Indian Civil Veterinary Department memoirs
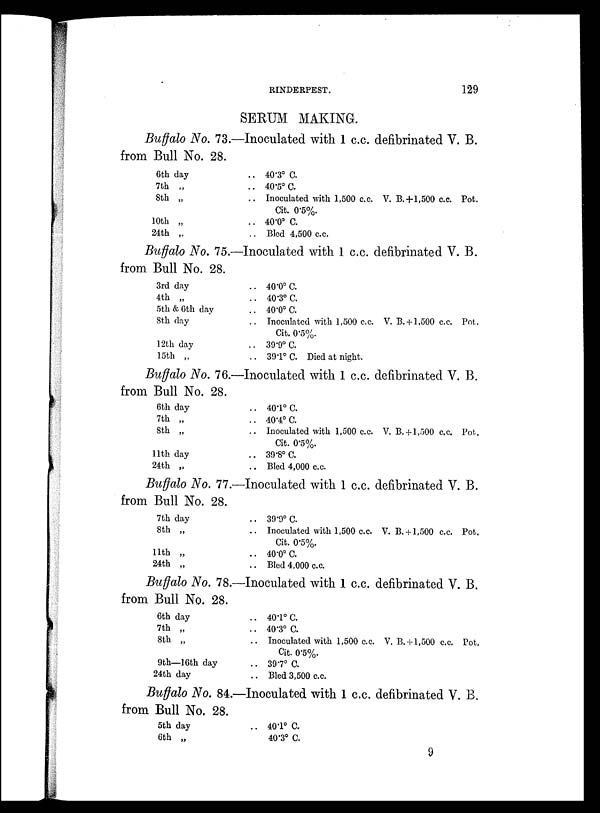
RINDERPEST.
129
SERUM MAKING.
Buffalo No. 73.—Inoculated with 1 c.c. defibrinated V. B.
from Bull No. 28.
6th day
7th „
8th „
10th „
24th „
.. 40.3º C.
.. 40.5º C.
.. Inoculated with 1,500 c.c. V. B.+1,500 c.c. Pot.
Cit. 0.5%.
.. 40.0º C.
.. Bled 4,500 c.c.
Buffalo No. 75.—Inoculated with 1 c.c. defibrinated V. B.
from Bull No. 28.
3rd day
4th „
5th & 6th day
8th day
12th day
15th „
.. 40.0º C.
.. 40.3º C.
.. 40.0º C.
.. Inoculated with 1,500 c.c. V. B. +1,500 c.c. Pot.
Cit. 0.5%.
.. 39.9º C.
.. 39.1º C. Died at night.
Buffalo No. 76.—Inoculated with 1 c.c. defibrinated V. B.
from Bull No. 28.
6th day
7th „
8th „
11th day
24th „
.. 40.1º C.
.. 40.4º C.
.. Inoculated with 1,500 c.c. V. B. +1,500 c.c. Pot.
Cit. 0.5%.
.. 39.8º C.
.. Bled 4,000 c.c.
Buffalo No. 77.—Inoculated with 1 c.c. defibrinated V. B.
from Bull No. 28.
7th day
8th „
11th „
24th „
.. 39.9º C.
.. Inoculated with 1,500 c.c. V. B.+1,500 c.c. Pot.
Cit. 0.5%.
.. 40.0º C.
.. Bled 4,000 c.c.
Buffalo No. 78.—Inoculated with 1 c.c. defibrinated V. B.
from Bull No. 28.
6th day
7th „
8th „
9th—16th day
24th day
.. 401º C.
.. 40.3º C.
.. Inoculated with 1,500 c.c. V. B.+1,500 c.c. Pot.
Cit. 0.5%.
.. 39.7º C.
.. Bled 3,500 c.c.
Buffalo No. 84.—Inoculated with 1 c.c. defibrinated V. B.
from Bull No. 28.
5th day
6th „
.. 40.1º C.
40.3º C.
9